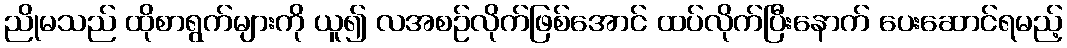
ညိုမသည် ထိုစာရွက်များကို ယူ၍ လအစဉ်လိုက်ဖြစ်အောင် ထပ်လိုက်ပြီးနောက် ပေးဆောင်ရမည့်